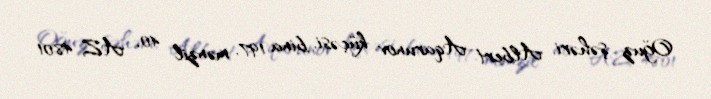
Oğuz şəhəri, Albert Aqarunov küçəsi, bina 197, mənzil 40, AZ 4801